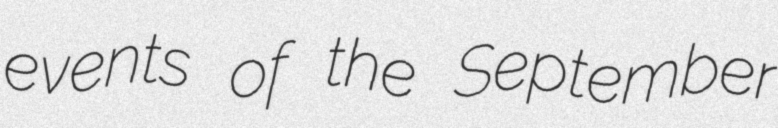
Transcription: events of the September